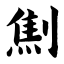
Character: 劁